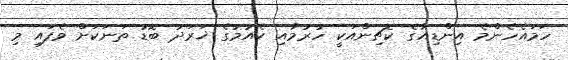
ހަަމައެހެންމެ އިންޑިއާގެ ކޮޗިންއަކީ ހުރުމާއި ކެއުމުގެ ޚަރަދު ބޮޑު ތަނަކަށް ވެފައި މި